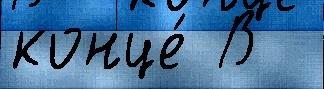
конце́ В